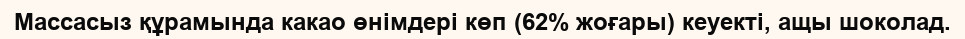
Массасыз құрамында какао өнімдері көп (62% жоғары) кеуекті, ащы шоколад.